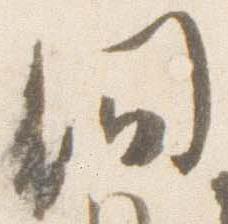
間